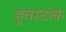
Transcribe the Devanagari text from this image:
हूबस्टांक